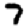
Digit: 7